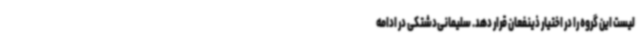
لیست این گروه را در اختیار ذینفعان قرار دهد. سلیمانی‌دشتکی در ادامه